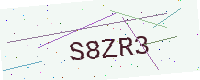
Text: S8ZR3